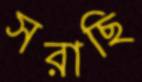
সরাছি